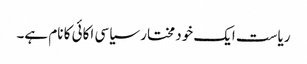
ریاست ایک خود مختار سیاسی اکائی کا نام ہے۔